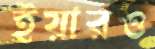
ইয়ারও